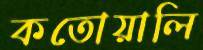
কতোয়ালি